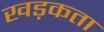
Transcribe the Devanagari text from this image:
खड़कता